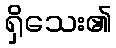
ရှိသေး၏